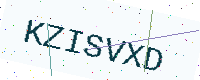
Text: KZISVXD